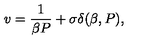
v = \frac { 1 } { \beta P } + \sigma \delta ( \beta , P ) ,